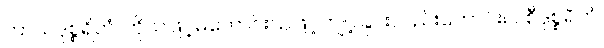
ကာယဒုစ္စရိတံ၊ ကိုယ်ဖြင့်မကောင်းသဖြင့်ကျင့်ခြင်းလည်းကောင်း။ ဝစီဒုစ္စရိတံ၊